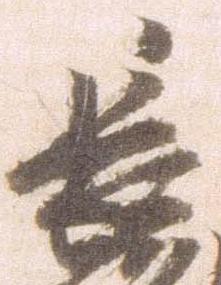
長